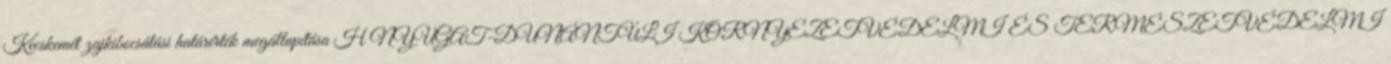
Kecskemét zajkibocsátási határérték megállapítása H NYUGAT-DUNÁNTÚLI KÖRNYEZETVÉDELMI ÉS TERMÉSZETVÉDELMI